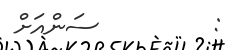
:         ސަންއަށް